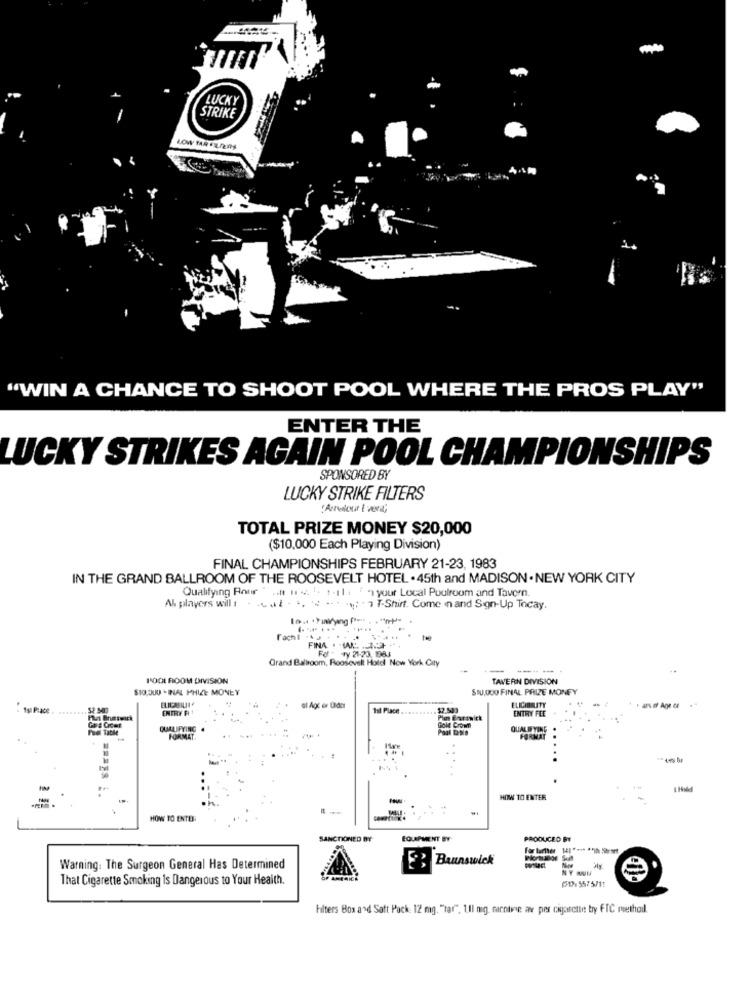
LUCKY
STRIKE
"WIN A CHANCE TO SHOOT POOL WHERE THE PROS PLAY"
ENTER THE
LUCKY STRIKES AGAIN POOL CHAMPIONSHIPS
SPONSORED BY
LUCKY STRIKE FILTERS
Andour I vent;
TOTAL PRIZE MONEY $20,000
($10,000 Each Playing Division)
FINAL CHAMPIONSHIPS FEBRUARY 21-23, 1983
IN THE GRAND BALLROOM OF THE ROOSEVELT HOTEL . 45th and MADISON . NEW YORK CITY
Qualifying Rour " att n .2. i. t.11: 3 - your Local Puulroom and Tavern
Ah players will t - 6 42 - >, < -- - T-Shirt. Come inand Sign-Up Tocay.
Fachi
FINA
Grand Ballroom, Roosevelt Hold New York City
Fd - ry 21:23 1885
----
POCIL FIOOM DIVISION
TAVERN DIVISION
$10.JUU -INAL PHIZE MONEY
SIU,OUO FINAL PRIZE MONEY
ELICASILINO
1si Place
ENTRY FIL
al Agt er Cider
1sl Place .
$2.509
ELIGIBILITY
ENTRY FEE
Tathe
QUALIFYING .
FORMET
Gol
FORMAT
HOW TO ENTER
HOW TO ENTER
SANCTIONED BY
EQUIPMENT BY
PRODUCED BY
Warning: The Surgeon General Has Determined
E3 Brunswick
NY SUU
That Cigarette Smoking Is Dangerous to Your Health.
61:5575/11
Filters Box and Satt Pack: 12 mg. "tar". 1.1l mig, nichtvie aw per cigarette try FTC methoil.